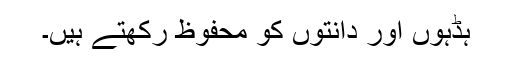
ہڈہوں اور دانتوں کو محفوظ رکھتے ہیں۔